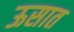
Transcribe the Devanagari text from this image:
ऊसात